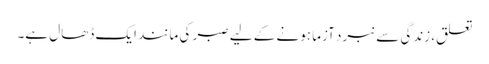
تعلق، زندگی سے نبرد آزما ہونے کے لیے صبر کی مانند ایک ڈھال ہے۔